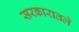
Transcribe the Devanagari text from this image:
सरकारातले